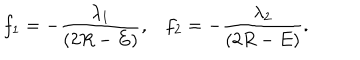
LaTeX: f _ { 1 } = - \frac { \lambda _ { 1 } } { ( 2 R - E ) } , f _ { 2 } = - \frac { \lambda _ { 2 } } { ( 2 R - E ) } .